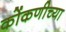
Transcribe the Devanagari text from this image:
कोंकणीच्या